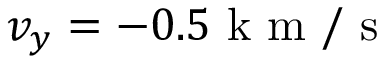
v _ { y } = - 0 . 5 \mathrm { ~ k ~ m ~ / ~ s ~ }